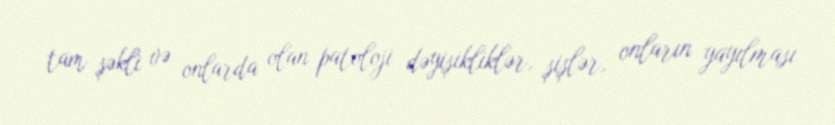
tam şəkli və onlarda olan patoloji dəyişikliklər, şişlər, onların yayılması